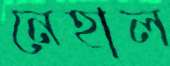
নেহাল